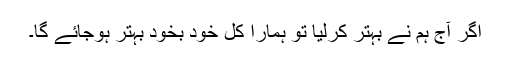
اگر آج ہم نے بہتر کرلیا تو ہمارا کل خود بخود بہتر ہوجائے گا۔